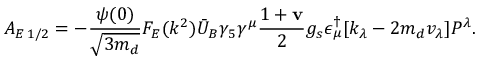
A _ { E \, 1 / 2 } = - \frac { \psi ( 0 ) } { \sqrt { 3 m _ { d } } } F _ { E } ( k ^ { 2 } ) \bar { U } _ { B } \gamma _ { 5 } \gamma ^ { \mu } \frac { 1 + \mathbf { v } } { 2 } g _ { s } \epsilon _ { \mu } ^ { \dagger } [ k _ { \lambda } - 2 m _ { d } v _ { \lambda } ] P ^ { \lambda } .